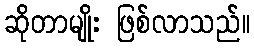
ဆိုတာမျိုး ဖြစ်လာသည်။